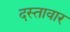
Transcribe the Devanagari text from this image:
दस्तावार